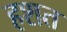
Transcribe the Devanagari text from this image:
हशत